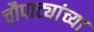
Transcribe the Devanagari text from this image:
चौपाट्यांच्या